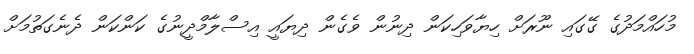
މުހައްމަދުގެ ގޭގައި ނޫރަށް ހިޔާވަހިކަން ދިނުން ވެގެން ދިޔައީ އިސްލާމްދީނުގެ ކަންކަން ދެނެގަތުމަށް